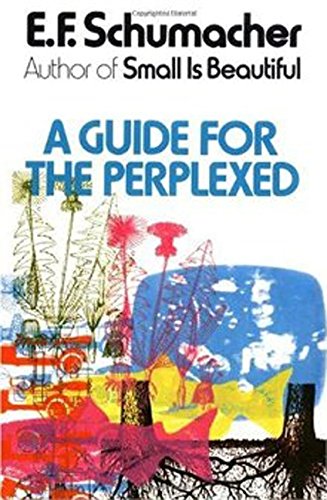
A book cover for A Guide for the Perplexed; E. F. Schumacher; Politics & Social Sciences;